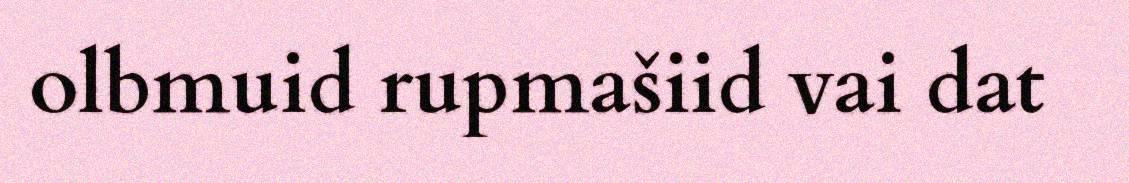
olbmuid rupmašiid vai dat